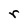
Character: r